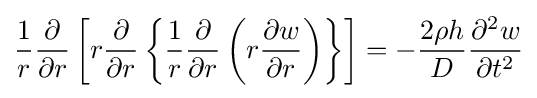
{\frac {1}{r}}{\frac {\partial }{\partial r}}\left[r{\frac {\partial }{\partial r}}\left\{{\frac {1}{r}}{\frac {\partial }{\partial r}}\left(r{\frac {\partial w}{\partial r}}\right)\right\}\right]=-{\frac {2\rho h}{D}}{\frac {\partial ^{2}w}{\partial t^{2}}}